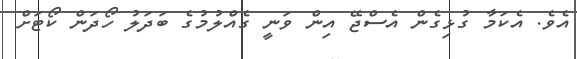
އެވެ. އެކަމާ ގުޅިގެން އެސްޖޭ އިން ވަނީ ގެއްލުމުގެ ބަދަލު ހޯދަން ކޯޓަށް